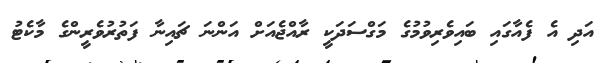
އަދި އެ ފެއާގައި ބައިވެރިވުމުގެ މަގްސަދަކީ ރާއްޖެއަށް އަންނަ ޗައިނާ ފަތުރުވެރީންގެ މާކެޓު